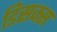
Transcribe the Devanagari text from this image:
डिसक्स